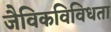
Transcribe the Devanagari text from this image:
जैविकविविधता